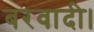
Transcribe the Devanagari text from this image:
बरवादी।